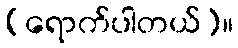
(ရောက်ပါတယ်)။